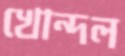
খোন্দল